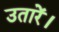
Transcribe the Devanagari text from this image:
उतारें।